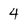
Character: 4